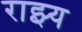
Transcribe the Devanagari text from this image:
राझ्य